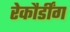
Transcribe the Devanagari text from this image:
रेकौर्डींग